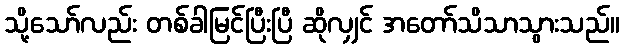
သို့သော်လည်း တစ်ခါမြင်ပြီးပြီ ဆိုလျှင် အတော်သိသာသွားသည်။